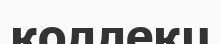
коллекц